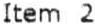
ITEM 2